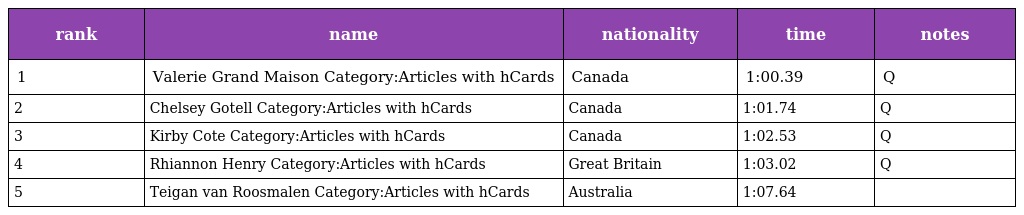
| rank | name | nationality | time | notes |
 | --- | --- | --- | --- | --- |
 | 1 | Valerie Grand Maison Category:Articles with hCards | Canada | 1:00.39 | Q |
 | 2 | Chelsey Gotell Category:Articles with hCards | Canada | 1:01.74 | Q |
 | 3 | Kirby Cote Category:Articles with hCards | Canada | 1:02.53 | Q |
 | 4 | Rhiannon Henry Category:Articles with hCards | Great Britain | 1:03.02 | Q |
 | 5 | Teigan van Roosmalen Category:Articles with hCards | Australia | 1:07.64 |  |